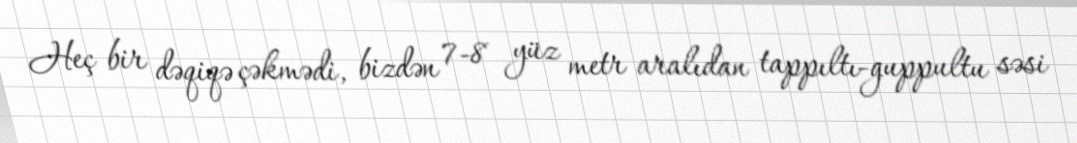
Heç bir dəqiqə çəkmədi, bizdən 7-8 yüz metr aralıdan tappıltı-guppultu səsi